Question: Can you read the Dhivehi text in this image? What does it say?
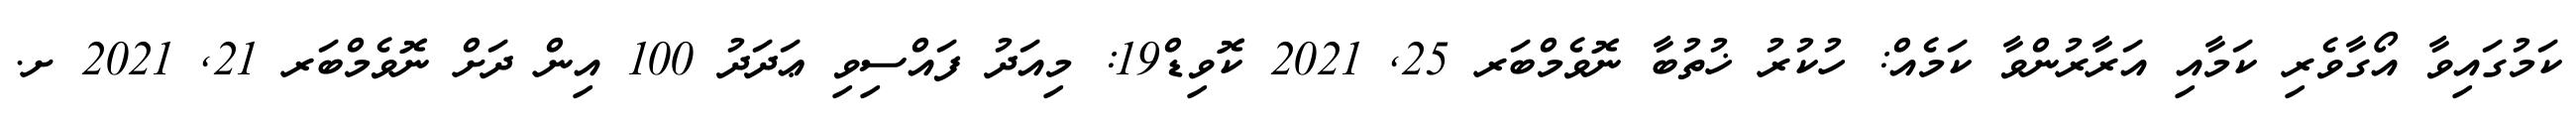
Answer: ކަމުގައިވާ އޯގާވެރި ކަމާއި އަރާރުންވާ ކަމެއް: ހުކުރު ޚުތުބާ ނޮވެމްބަރ 25, 2021 ކޮވިޑް19: މިއަދު ފައްސިވި ޢަދަދު 100 އިން ދަށް ނޮވެމްބަރ 21, 2021 ށ.